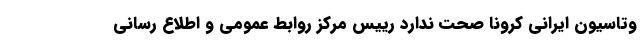
وتاسیون ایرانی کرونا صحت ندارد رییس مرکز روابط عمومی و اطلاع رسانی